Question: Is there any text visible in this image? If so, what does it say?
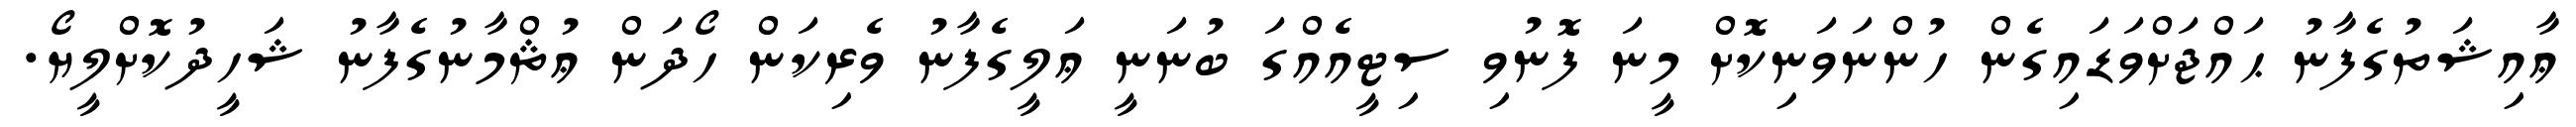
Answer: ޢާއިޝަތުގެފާނު ޙައްޖަށްވަޑައިގެން ހުންނަވަނިކޮށް މީނަ ފޮނުވި ސިޓީއެއްގަ ބުނަނީ ޢަލީގެފާނު ވެރިކަން ހޯދަން ޢުޘްމާނުގެފާނު ޝަހީދުކޮށްލީޔޯ.